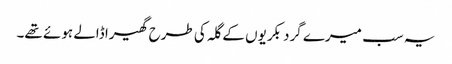
یہ سب میرے گرد بکریوں کے گلہ کی طرح گھیرا ڈالے ہوئے تھے۔